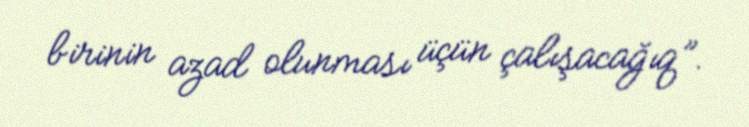
birinin azad olunması üçün çalışacağıq”.